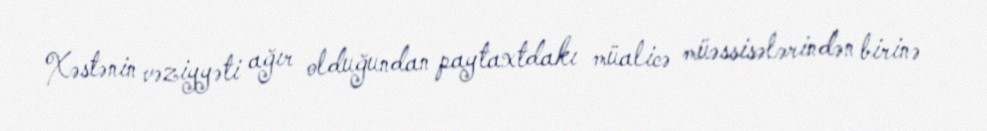
Xəstənin vəziyyəti ağır olduğundan paytaxtdakı müalicə müəssisələrindən birinə